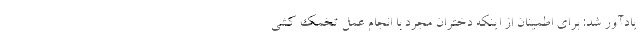
یادآور شد: برای اطمینان از اینکه دختران مجرد با انجام عمل تخمک کشی